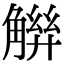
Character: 𧤋